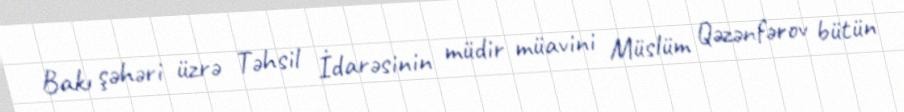
Bakı şəhəri üzrə Təhsil İdarəsinin müdir müavini Müslüm Qəzənfərov bütün